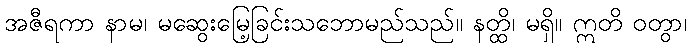
အဇီရကာ နာမ၊ မဆွေးမြေ့ခြင်းသဘောမည်သည်။ နတ္ထိ၊ မရှိ။ ဣတိ ဝတွာ၊